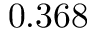
0 . 3 6 8